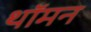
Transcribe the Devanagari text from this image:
थॉमन